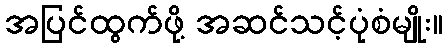
အပြင်ထွက်ဖို့ အဆင်သင့်ပုံစံမျိုး။